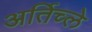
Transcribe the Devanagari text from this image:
अर्तिच्ले